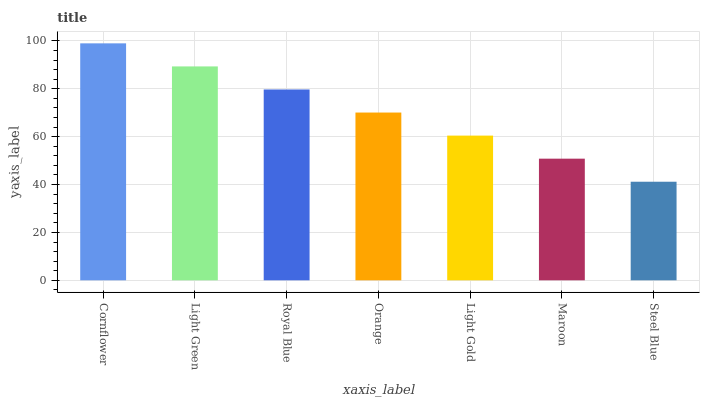
| xaxis_label | bars |
 | --- | --- |
 | Cornflower | 99 |
 | Light Green | 89.4 |
 | Royal Blue | 79.7 |
 | Orange | 70.1 |
 | Light Gold | 60.5 |
 | Maroon | 50.8 |
 | Steel Blue | 41.2 |